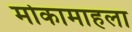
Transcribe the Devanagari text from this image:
मोकामाहला